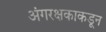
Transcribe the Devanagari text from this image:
अंगरक्षकाकडून